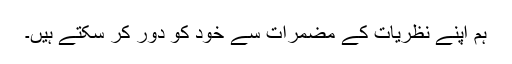
ہم اپنے نظریات کے مضمرات سے خود کو دور کر سکتے ہیں۔